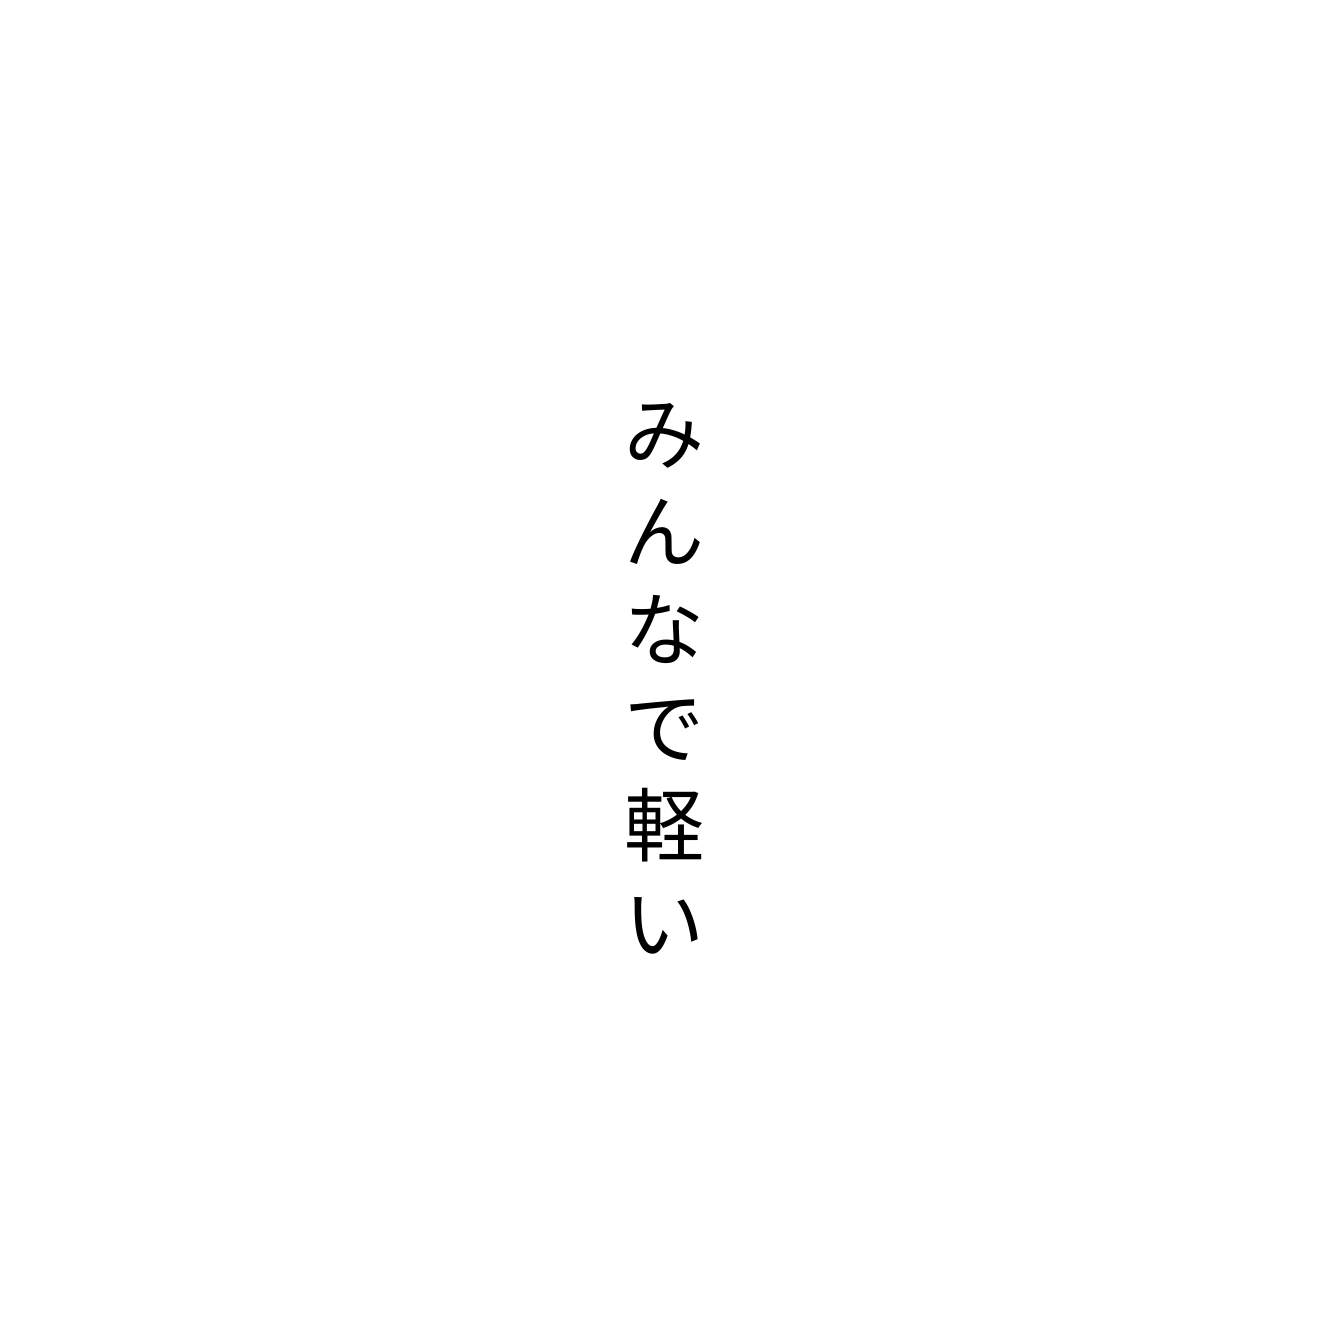
みんなで軽い